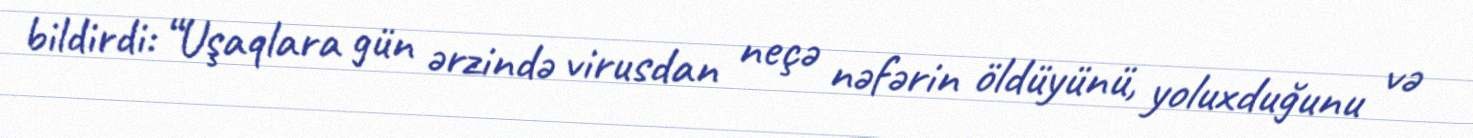
bildirdi: “Uşaqlara gün ərzində virusdan neçə nəfərin öldüyünü, yoluxduğunu və